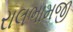
રાલભામજી